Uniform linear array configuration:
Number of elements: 32
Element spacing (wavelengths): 0.75
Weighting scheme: exponential
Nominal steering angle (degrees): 45
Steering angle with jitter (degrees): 46.58
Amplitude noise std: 0.05
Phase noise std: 0.05

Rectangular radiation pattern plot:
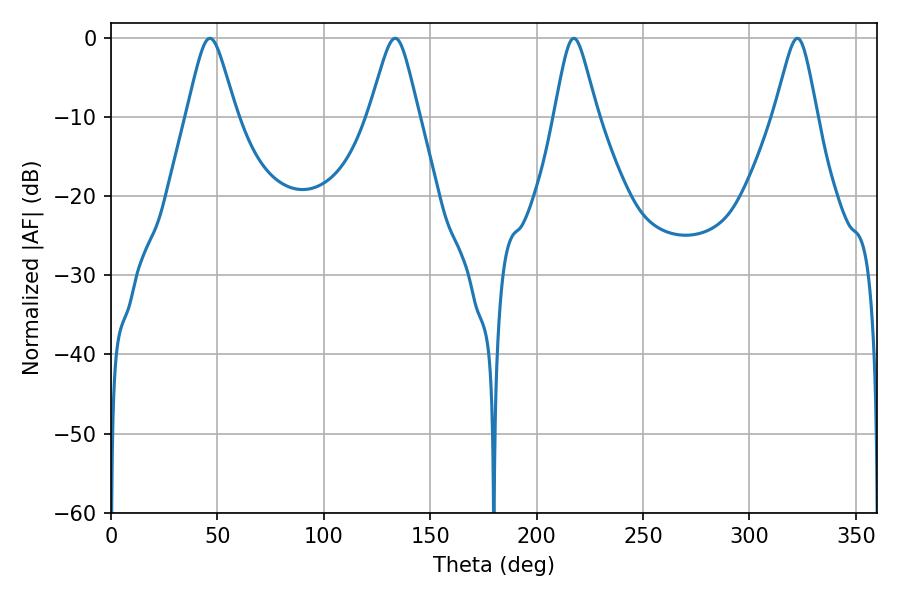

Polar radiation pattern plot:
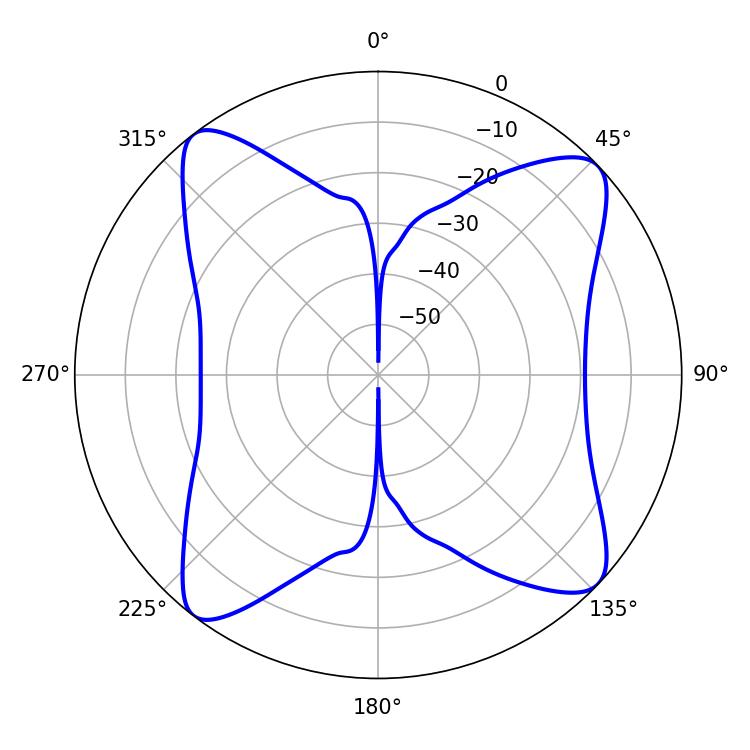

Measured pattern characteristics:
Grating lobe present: TRUE
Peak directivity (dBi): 13.167
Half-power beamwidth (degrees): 11.16
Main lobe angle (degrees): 46.44